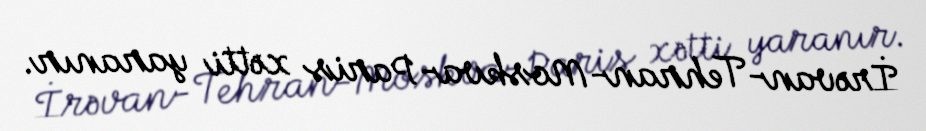
İrəvan-Tehran-Moskva-Paris xətti yaranır.